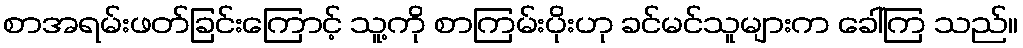
စာအရမ်းဖတ်ခြင်းကြောင့် သူ့ကို စာကြမ်းပိုးဟု ခင်မင်သူများက ခေါ်ကြ သည်။